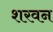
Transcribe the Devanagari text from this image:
शरवन